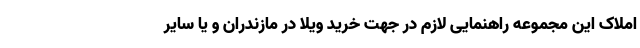
املاک این مجموعه راهنمایی لازم در جهت خرید ویلا در مازندران و یا سایر